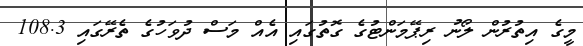
މީގެ އިތުރުން ލޯނު ރިޕޭމަންޓުގެ ގޮތުގައި އެއް މަސް ދުވަހުގެ ތެރޭގައި 108.3